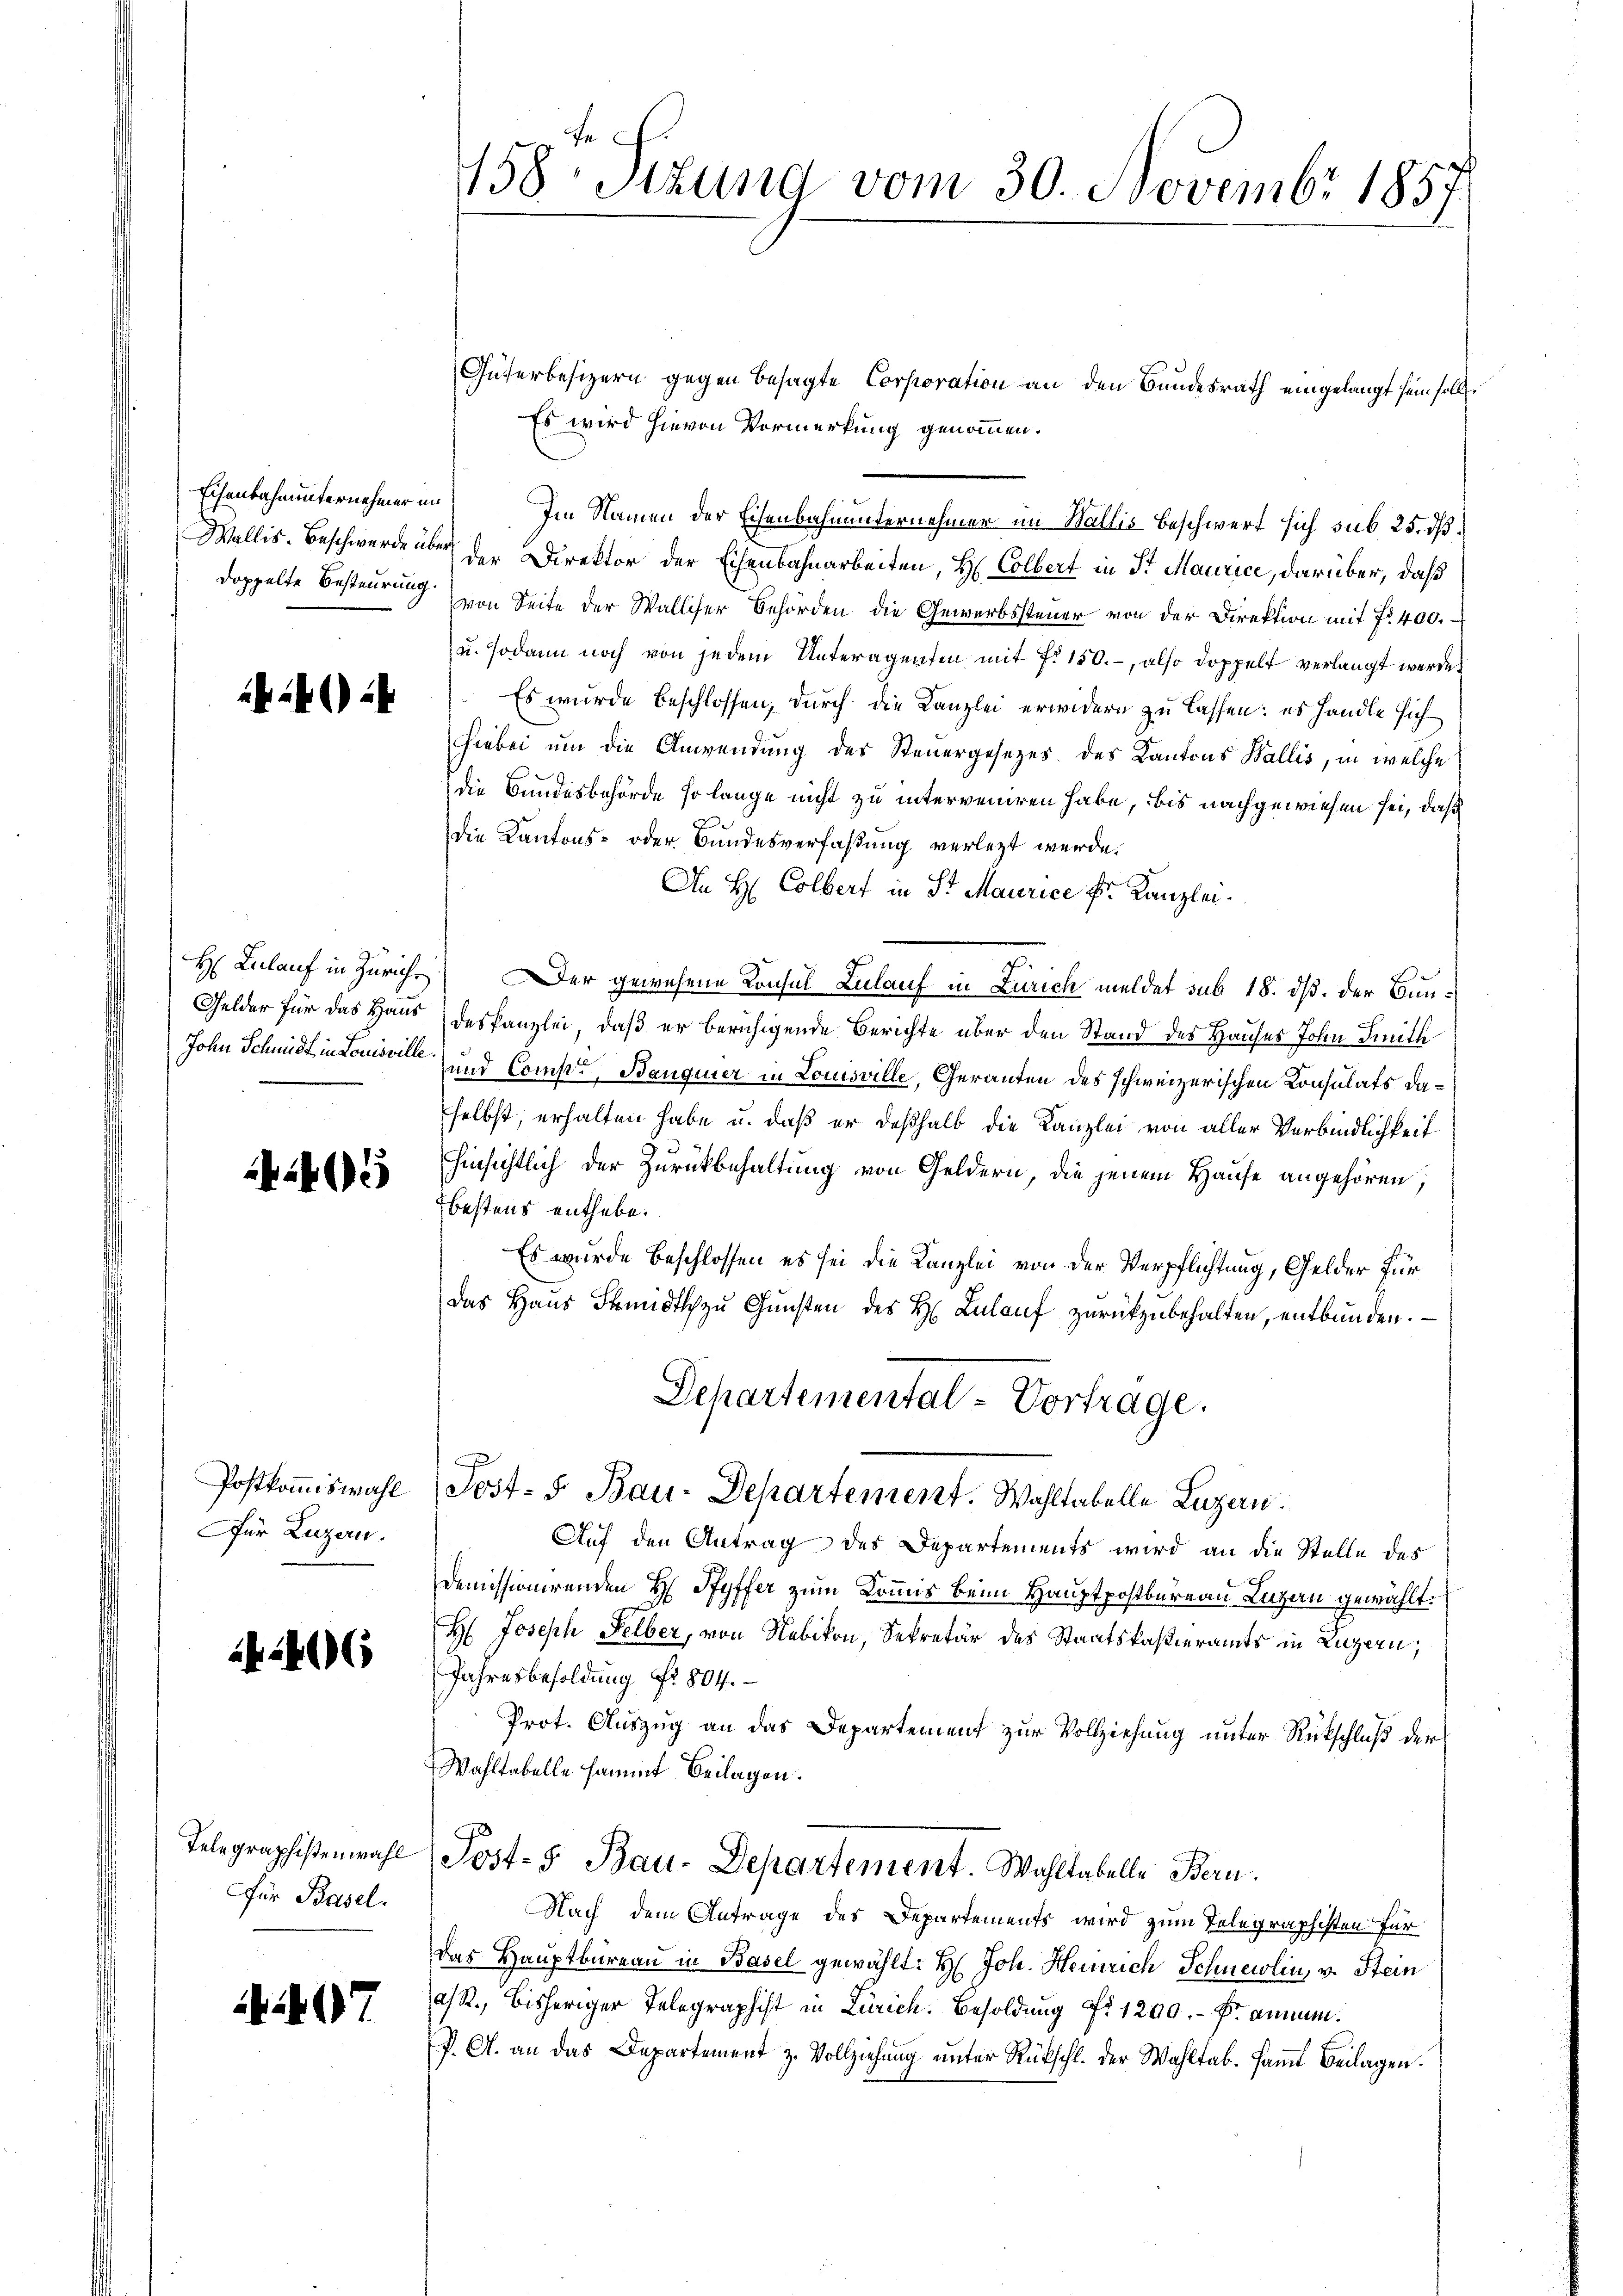
doppelte Besteurung.

424

H Lulauf in Zürichs
Gelder für das Haus
John Schmidt in Louisville.

2405

Postkommiswahl
ür Luzern.

2406

Telegraphistenwahl
Für Basel.

497

158. Sitzung vom 30. Novembr 1857

Güterbesizern gegen besagte Corporation an den Bundesrath eingelangt sein soll
Es wird hievon Vormerkung genommen.
Eisenbahnunternehmer in Im Namen der Eisenbahnunternehmer im Wallis beschwert sich sub 25. dß
Wallis. Beschwerde über der Direktor der Eisenbahnarbeiten, H. Colbert in Sr Maurice, darüber, daß
von Seite der Walliser Behörden die Gewerbssteuer von der Direktion mit fr. 400.
u. sodann noch von jedem Unteragenten mit fr. 150.- also doppelt verlangt werde
Es wurde beschlossen, durch die Kanzlei erwidern zu lassen: es handle sich
hiebei um die Anwendung des Steuergesezes des Kantons Wallis, in welche
die Bundesbehörde so lange nicht zu interveniren habe, bis nachgewiesen sei, daß
die Kantons- oder Bundesverfaßung verletzt werde.
An H Colbert in Sr Maurice Sr. Kanzlei.
Der gewesene Konsul Zulauf in Zürich meldet sub 18. ds. der Bundeskanzlei, daß er beruhigende Berichte über den Stand des Hauses John Smith
und Comp., Banquier in Louisville, Geranten des schweizerischen Konsulats daselbst, erhalten habe u. daß er deßhalb die Kanzlei von aller Verbindlichkeit
hinsichtlich der Zurückbehaltung von Geldern, die jenem Hause angehören,
bestens enthebe.
Es wurde beschlossen es sei die Kanzlei von der Verpflichtung, Gelder für
das Haŭs Smidt zŭ Gŭnsten des H. Zulauf zurückzubehalten, entbunden.
Departemental-Vortrage.
Post- 5. Bau-Departement. Wahltabelle Luzern.
Auf den Antrag des Departements wird an die Stelle des
Demissionirenden H. Pfyffer zum Kommis beim Hauptpostkureau Luzern gewählt.
H: Joseph Selber, von Nebikon, Sekretär des Staatskassieramts in Luzern,
Jahresbesoldung Nr. 804.
Prot. Auszug an das Departement zur Vollziehung unter Rückschluß der
Wahltabelle sammt Beilagen.
Post- u Bau-Departement. Wahltabelle Bern.
Nach dem Antrage des Departements wird zum Telegraphisten für
das Hauptbureau in Basel gewählt: H: Joh. Heinrich Schneelin, v. Stein
/R., bisheriger Telegraphist in Zürich. Besoldung Nr 1200.- Fr. annum.
P. A. an das Departement z. Vollziehŭng ŭnter Rückschl. der Wahltab. samt Beilagen.